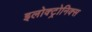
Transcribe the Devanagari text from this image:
इलोक्ट्रोनिक्स